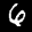
Label: 6